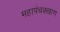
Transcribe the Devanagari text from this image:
महापंचक्खाण